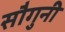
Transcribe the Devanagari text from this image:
सौगुनी